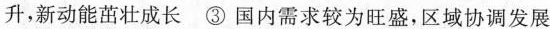
升，新动能茁壮成长 ③国内需求较为旺盛，区域协调发展